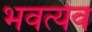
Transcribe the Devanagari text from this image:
भवत्येव